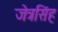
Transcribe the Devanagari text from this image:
जेत्रसिंह